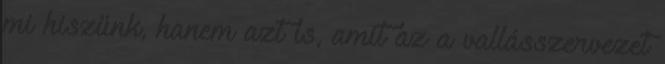
mi hiszünk, hanem azt is, amit az a vallásszervezet